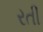
રતી